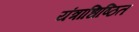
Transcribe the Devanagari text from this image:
यंत्राधिष्ठित